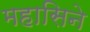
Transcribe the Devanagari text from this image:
महासिने